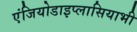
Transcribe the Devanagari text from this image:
एंजियोडाइप्लासियाभी